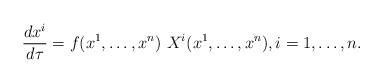
LaTeX: \begin{align*} \frac{dx^i}{d\tau}=f(x^1,\ldots,x^n)\ X^i(x^1,\ldots,x^n),i=1,\ldots,n. \end{align*}